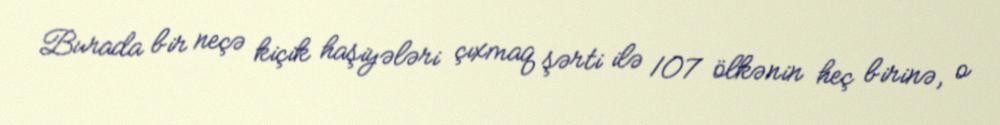
Burada bir neçə kiçik haşiyələri çıxmaq şərti ilə 107 ölkənin heç birinə, o